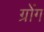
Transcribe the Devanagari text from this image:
ग्रोंग